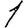
Digit: 1